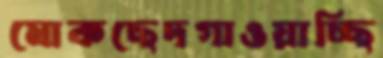
মোকছেদগাওয়াচ্ছি